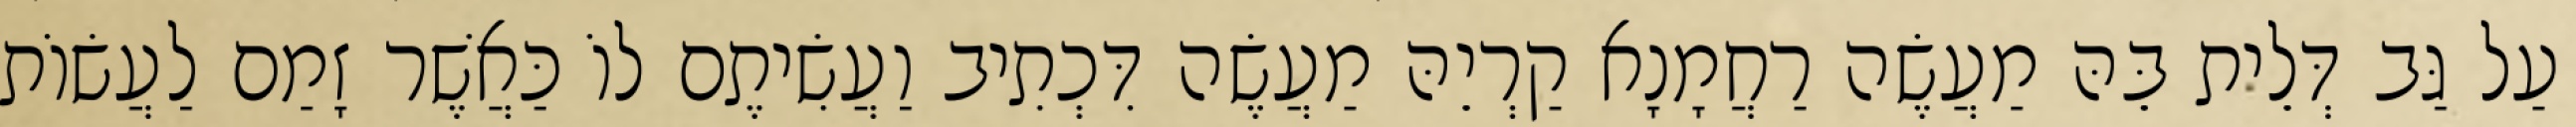
עַל גַּב דְּלֵית בֵּהּ מַעֲשֶׂה רַחֲמָנָא קַרְיֵהּ מַעֲשֶׂה דִּכְתִיב וַעֲשִׂיתֶם לוֹ כַּאֲשֶׁר זָמַם לַעֲשׂוֹת